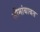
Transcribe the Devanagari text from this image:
सीमांबाबत